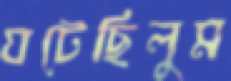
ঘটেছিলুম